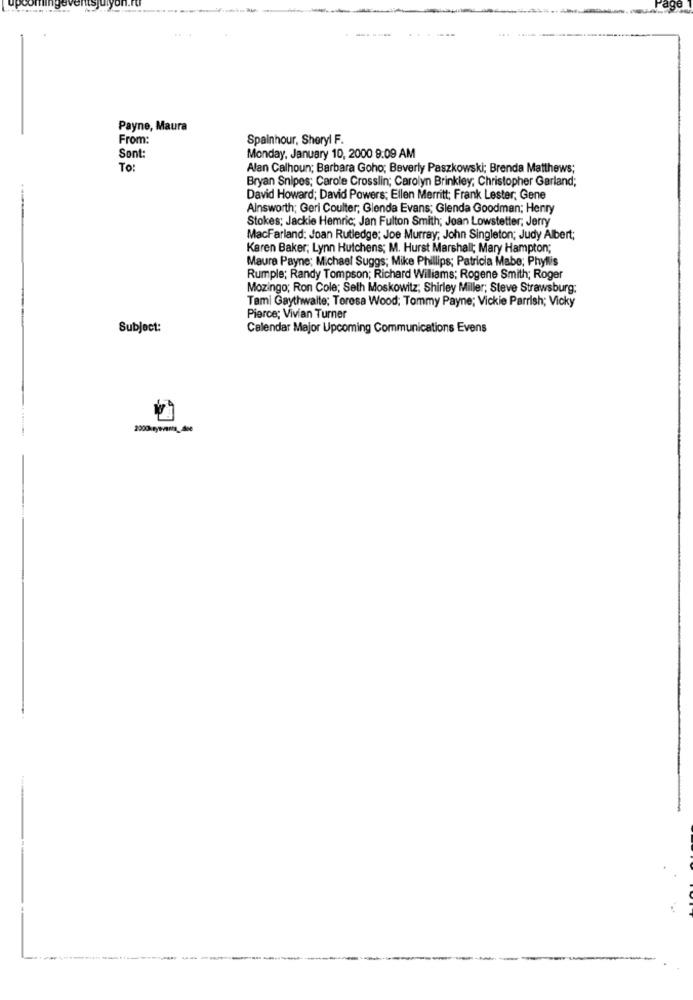
---
Payne, Maura
From:
Spainhour, Sheryl F.
Sont:
Monday, January 10, 2000 9:09 AM
To
Alan Calhoun; Barbara Goho; Beverly Paszkowski; Brenda Matthews;
Bryan Snipes; Carole Crosslin; Carolyn Brinkley; Christopher Garland;
David Howard; David Powers; Ellen Merritt; Frank Lester, Gene
Ainsworth; Geri Coulter; Glenda Evans; Glenda Goodman; Henry
Stokes; Jackie Hemric; Jan Fulton Smith; Jean Lowstetter; Jerry
MacFarland: Joan Rutledge: Joe Murray; John Singleton; Judy Albert;
Karen Baker, Lynn Hutchens; M. Hurst Marshall; Mary Hampton;
Maura Payne: Michael Suggs; Mike Phillips; Patricia Mabe; Phyllis
Rumple; Randy Tompson; Richard Wiliams; Rogene Smith; Roger
Mozingo; Ron Cole; Seth Moskowitz; Shirley Miller; Steve Strawsburg;
Tami Gaythwaite: Torosa Wood: Tommy Payne; Vickie Parrish; Vicky
Pierce; Vivian Turner
Subject:
Calendar Major Upcoming Communications Evens
2000-sywants_dce